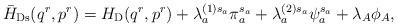
LaTeX: \begin{align*}\bar{H}_{\rm Ds}(q^r,p^r)=H_{\rm D}(q^r,p^r) + \lambda_a^{(1)s_a}\pi_a^{s_a} +\lambda_a^{(2)s_a}\psi_a^{s_a} + \lambda_A\phi_A,\end{align*}